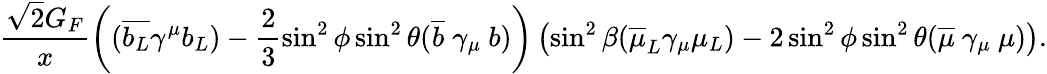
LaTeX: \frac{\sqrt{2}G_{F}}{x}\left((\overline{{{b_{L}}}}\gamma^{\mu}b_{L})-\frac{2}{3}\sin^{2}\phi\sin^{2}\theta(\overline{{{b}}}\ \gamma_{\mu}\ b)\right)\left(\sin^{2}\beta(\overline{{{\mu}}}_{L}\gamma_{\mu}\mu_{L})-2\sin^{2}\phi\sin^{2}\theta(\overline{{{\mu}}}\ \gamma_{\mu}\ \mu)\right).